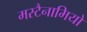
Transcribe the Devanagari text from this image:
मस्टैनामियो